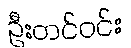
ဦးတင်ဝင်း